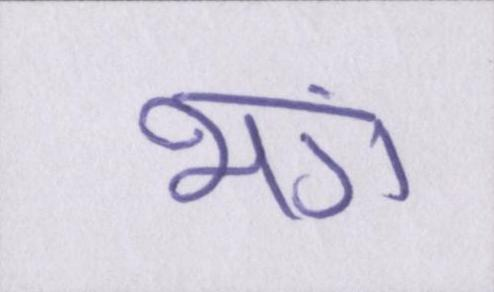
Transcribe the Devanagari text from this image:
भंग